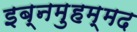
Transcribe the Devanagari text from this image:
इब्नमुहम्मद